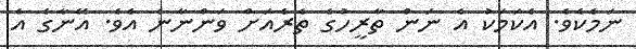
ނަމެކެވެ. އެކަމަކު އެ ނަން ތާރީހުގެ ތެރެއަށް ވަންނާނެ އެވެ. އޭނާގެ އެ